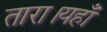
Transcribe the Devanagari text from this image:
तारा।यहाँ